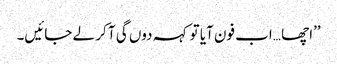
’’اچھا …اب فون آیا تو کہہ دوں گی آ کر لے جائیں۔